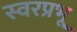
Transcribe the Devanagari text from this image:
स्वरप्रभू